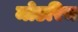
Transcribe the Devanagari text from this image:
मोडरिच